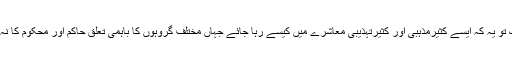
ایک تو یہ کہ ایسے کثیرمذہبی اور کثیرتہذیبی معاشرے میں کیسے رہا جائے جہاں مختلف گروہوں کا باہمی تعلق حاکم اور محکوم کا نہ ہو۔